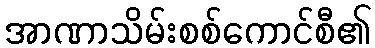
အာဏာသိမ်းစစ်ကောင်စီ၏